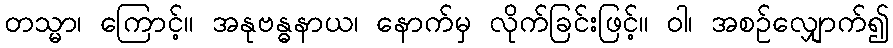
တသ္မာ၊ ကြောင့်။ အနုဗန္ဓနာယ၊ နောက်မှ လိုက်ခြင်းဖြင့်။ ဝါ၊ အစဉ်လျှောက်၍